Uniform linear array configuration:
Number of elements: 8
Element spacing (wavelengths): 0.75
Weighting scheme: uniform
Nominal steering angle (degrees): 0
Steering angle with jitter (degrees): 1.792
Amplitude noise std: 0.05
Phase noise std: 0.05

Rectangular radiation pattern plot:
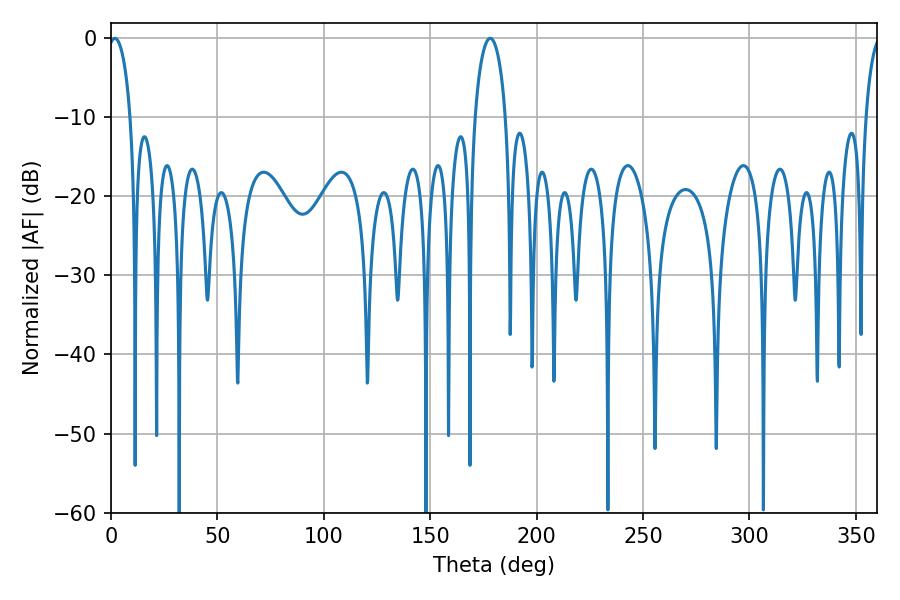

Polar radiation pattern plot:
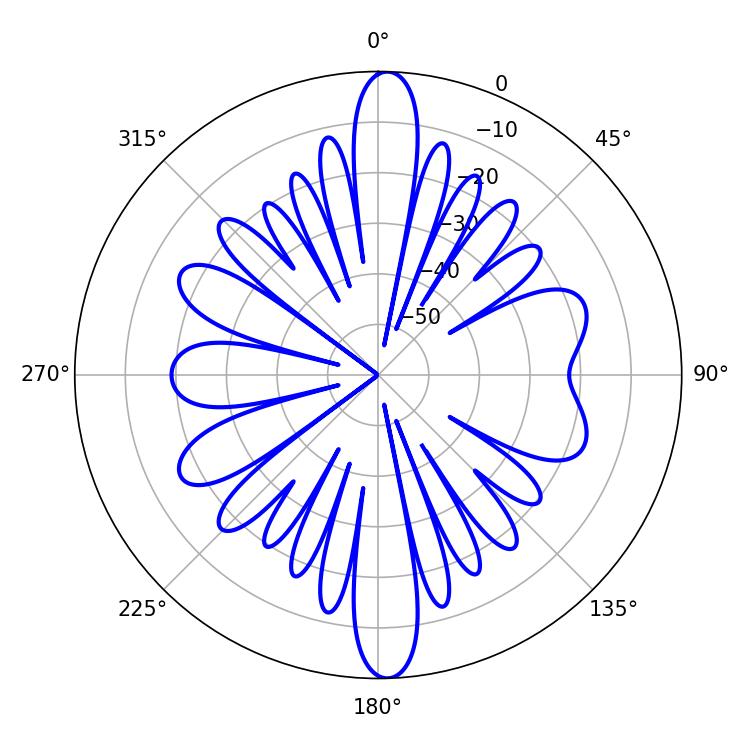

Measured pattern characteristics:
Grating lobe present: TRUE
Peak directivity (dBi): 22.576
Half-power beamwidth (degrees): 5.94
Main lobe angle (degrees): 1.8